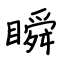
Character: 瞬